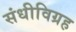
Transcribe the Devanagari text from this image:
संधीविग्रह